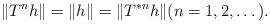
LaTeX: \begin{align*}\|T^nh\|=\|h\|=\|T^{*n}h\| (n=1,2,\dots).\end{align*}